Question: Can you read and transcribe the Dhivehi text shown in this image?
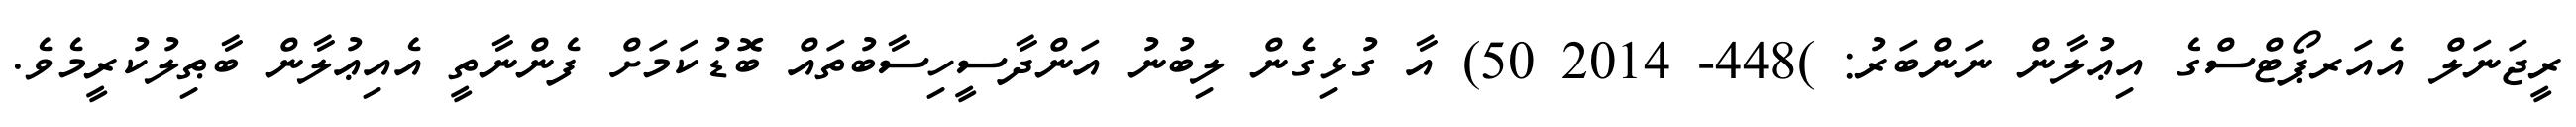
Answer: ރީޖަނަލް އެއަރޕޯޓްސްގެ އިޢުލާން ނަންބަރު: )448- 2014 50) އާ ގުޅިގެން ލިބުނު އަންދާސީހިސާބުތައް ބޮޑުކަމަށް ފެންނާތީ އެއިޢުލާން ބާޠިލުކުރީމެވެ.